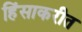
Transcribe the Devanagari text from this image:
हिंसाकरीत